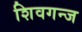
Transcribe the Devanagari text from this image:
शिवगन्ज